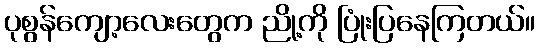
ပုစွန်ကျော့လေးတွေက ညို့ကို ပြုံးပြနေကြတယ်။